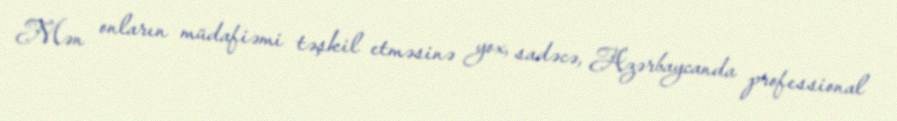
Mən onların müdafiəmi təşkil etməsinə yox, sadəcə, Azərbaycanda professional